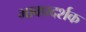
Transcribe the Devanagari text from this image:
भावप्रदर्शक